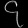
Digit: ၄